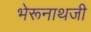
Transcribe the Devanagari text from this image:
भेरूनाथजी